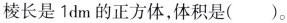
棱长是1dm的正方体，体积是()。